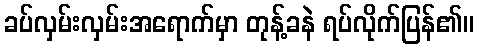
ခပ်လှမ်းလှမ်းအရောက်မှာ တုန့်ခနဲ ရပ်လိုက်ပြန်၏။